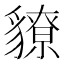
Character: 䝤